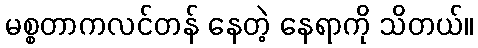
မစ္စတာကလင်တန် နေတဲ့ နေရာကို သိတယ်။